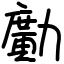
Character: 𠢹